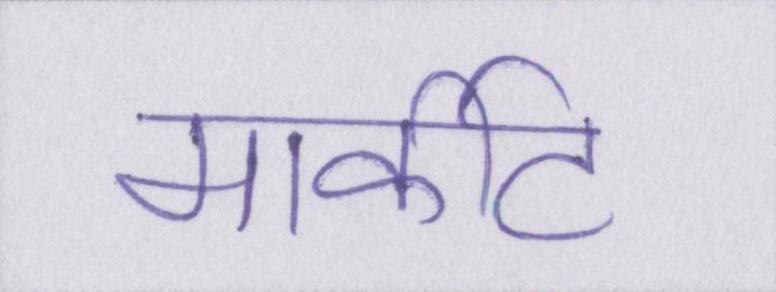
मार्कीट